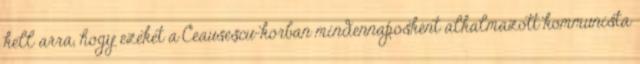
kell arra, hogy ezeket a Ceauseşcu-korban mindennaposként alkalmazott kommunista